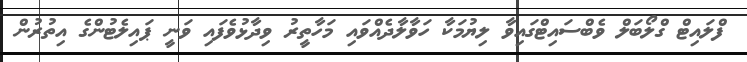
ފްލައިޓް ގްލޯބަލް ވެބްސައިޓްގައިވާ ލިޔުމަކާ ހަވާލާދެއްވައި މަހާތީރު ވިދާޅުވެފައި ވަނީ ޕައިލެޓުންގެ އިތުރުން